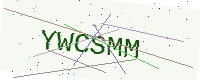
Text: YWCSMM